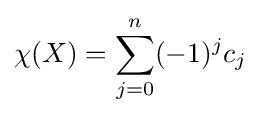
\chi (X)=\sum _{j=0}^{n}(-1)^{j}c_{j}